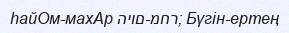
hайОм-махАр היום-מחר; Бүгін-ертең